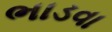
ભાડવા